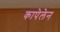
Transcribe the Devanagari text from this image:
कापेलेन